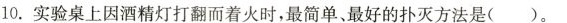
10.实验桌上因酒精灯打翻而着火时，最简单、最好的扑灭方法是( )。